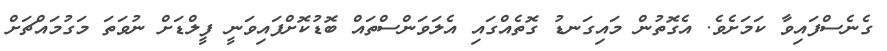
ގެނެސްފައިވާ ކަމަށެވެ. އެގޮތުން މައިގަނޑު ގޮތެއްގައި އެލަވަންސްތައް ބޮޑުކޮށްފައިވަނީ ފީލްޑަށް ނުވަތަ މަގުމައްޗަށް